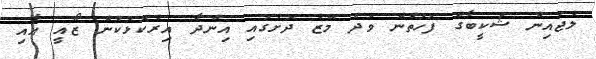
ލުޖައިން ޝަކީބާގެ ފަހަތުން ވަދެ މޭޒު ދޮށުގައި އިންދާ އިރުކޮޅަކުން ޒޯއީ އާއި